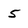
Character: 5